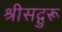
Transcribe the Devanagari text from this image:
श्रीसद्गुरू